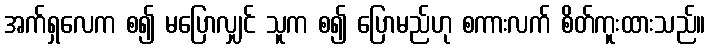
အက်ရှလေက စ၍ မပြောလျှင် သူက စ၍ ပြောမည်ဟု စကားလက် စိတ်ကူးထားသည်။